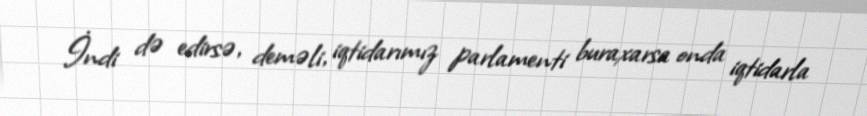
İndi də edirsə, deməli, iqtidarımız parlamenti buraxarsa onda iqtidarla